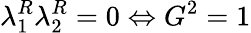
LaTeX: \lambda_{1}^{R}\lambda_{2}^{R}=0\Leftrightarrow G^{2}=1